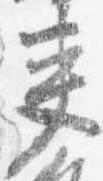
夾